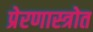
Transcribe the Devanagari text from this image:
प्रेरणास्‍त्रोत